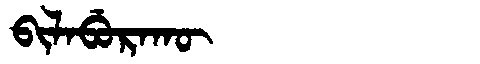
Manchu: ᠪᡳᠯᠠᠪᡠᡵᠠᡴᡡ
Romanization: BILABURAKŪ